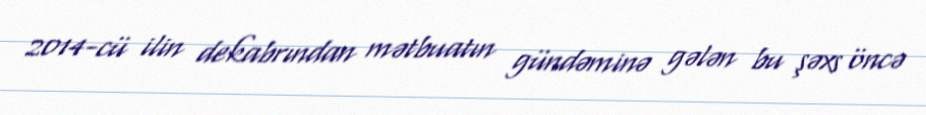
2014-cü ilin dekabrından mətbuatın gündəminə gələn bu şəxs öncə